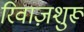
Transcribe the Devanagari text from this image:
रिवाज़शुरू